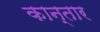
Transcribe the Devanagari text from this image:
कान्तार